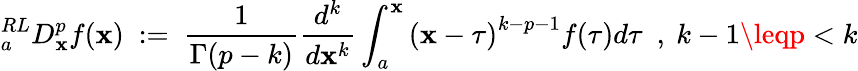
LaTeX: {}_{a}^{RL}D_{\mathbf{x}}^{p}f(\mathbf{x})~:=~{\frac{{1}}{{\Gamma(p-k)}}}{\frac{{d^{k}}}{{d\mathbf{x}^{k}}}}\int_{a}^{\mathbf{x}}{(\mathbf{x}-\tau)}^{k-p-1}f(\tau)d\tau~~,~k-1\leqp<k